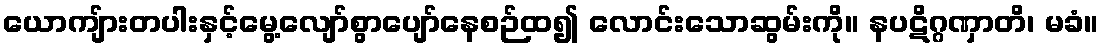
ယောကျ်ားတပါးနှင့်မွေ့လျော်စွာပျော်နေစဉ်ထ၍ လောင်းသောဆွမ်းကို။ နပဋိဂ္ဂဏှာတိ၊ မခံ။